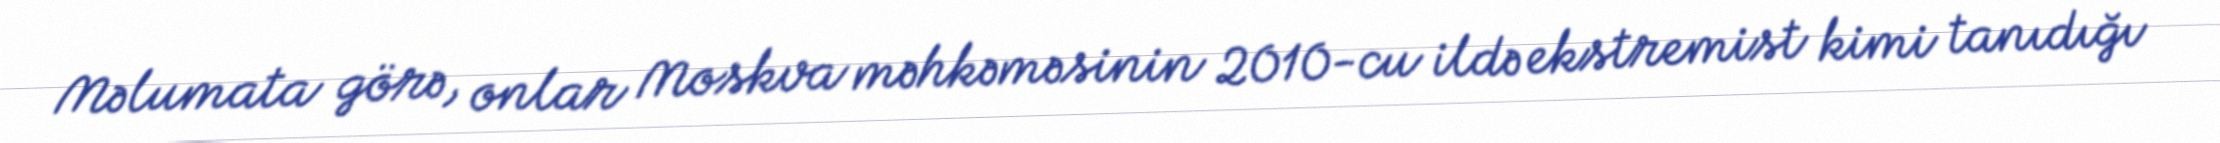
Məlumata görə, onlar Moskva məhkəməsinin 2010-cu ildə ekstremist kimi tanıdığı